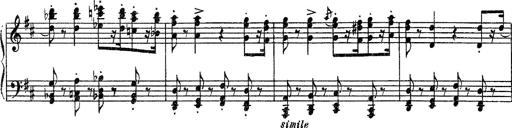
Title: Fantaisie sur des motifs favoris de l'opÃ©ra 'La sonnambula'
Composer: Franz Liszt